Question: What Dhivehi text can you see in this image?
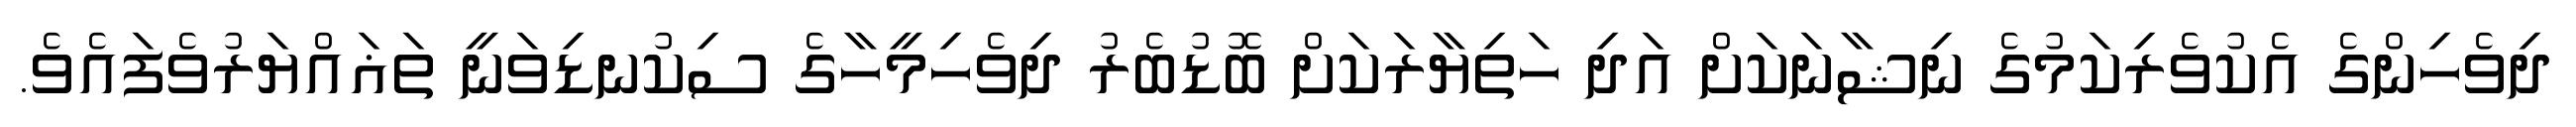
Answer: ދިވެހިންގެ އެކުވެރިކަމުގެ ނިޝާނަކަށް އަދި ހަތިޔާރަކަށް ބޮޑުބެރު ދިވެހިމީހާގެ ސިކުނޑިވަނީ ތަޣައްޔަރުވެފައެވެ.